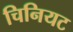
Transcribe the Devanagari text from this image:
चिनियट